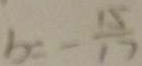
b = - \frac { 1 5 } { 1 7 }